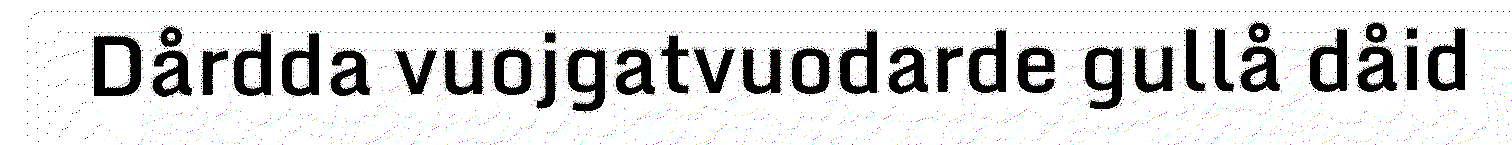
Dårdda vuojgatvuodarde gullå dåid